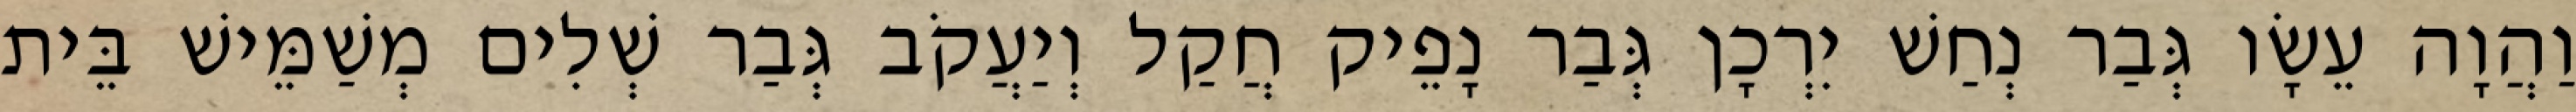
וַהֲוָה עֵשָׂו גְּבַר נְחַשׁ יִרְכָן גְּבַר נָפֵיק חֲקַל וְיַעֲקֹב גְּבַר שְׁלִים מְשַׁמֵּישׁ בֵּית